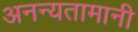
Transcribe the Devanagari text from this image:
अनन्यतामानी